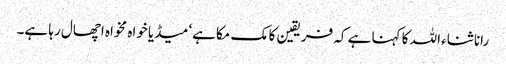
رانا ثناء اللہ کا کہنا ہے کہ فریقین کا مک مکا ہے‘ میڈیا خواہ مخواہ اچھال رہا ہے۔